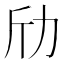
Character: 劤